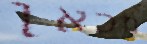
מכאן